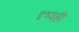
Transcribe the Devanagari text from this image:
दृष्यही